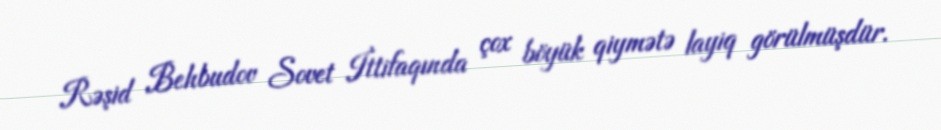
Rəşid Behbudov Sovet İttifaqında çox böyük qiymətə layiq görülmüşdür.